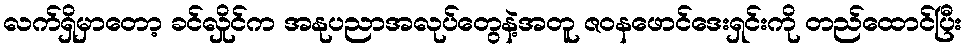
လက်ရှိမှာတော့ ခင်လှိုင်က အနုပညာအလုပ်တွေနဲ့အတူ ဇဝနဖောင်ဒေးရှင်းကို တည်ထောင်ပြီး